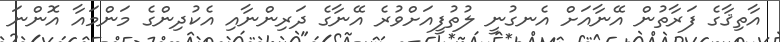
އާތިޤާގެ ފަރާތުން އޭނާއަށް އެނގުނީ ލުތުފީއަށްވުރެ އޭނާގެ ދަރިންނާއި އެކުދިންގެ މަންމައާ އޮންނަ